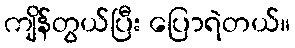
ကျိန်တွယ်ပြီး ပြောရဲတယ်။